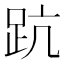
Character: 䟘